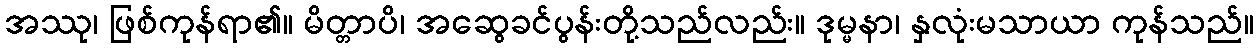
အဿု၊ ဖြစ်ကုန်ရာ၏။ မိတ္တာပိ၊ အဆွေခင်ပွန်းတို့သည်လည်း။ ဒုမ္မနာ၊ နှလုံးမသာယာ ကုန်သည်။